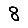
Digit: 8